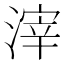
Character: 滓